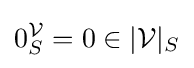
0_{S}^{\mathcal {V}}=0\in |{\mathcal {V}}|_{S}